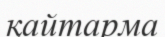
қайтарма